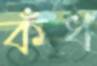
কঁধ